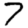
Digit: 7